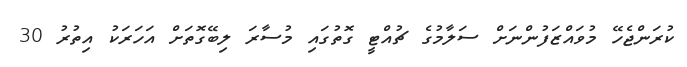
ކުރަންޖެހޭ މުވައްޒަފުންނަށް ސަލާމުގެ ޗުއްޓީ ގޮތުގައި މުސާރަ ލިބޭގޮތަށް އަހަރަކު އިތުރު 30